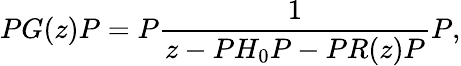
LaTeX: PG(z)P=P\frac{1}{z-PH_{0}P-PR(z)P}P,